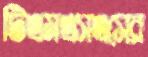
টিএমএসএসের